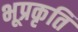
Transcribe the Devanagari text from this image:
भूप्रकृति